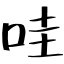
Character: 哇